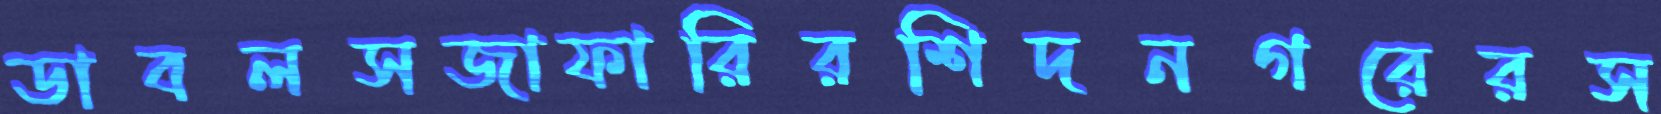
ডাবলসজাফারিরশিদনগরেরস